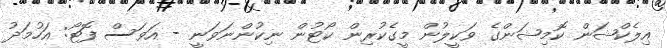
އިލެކްޝަން ކޮމިޝަންގެ ވަކީލުން މީގެކުރިން ކޯޓުން ނިކުންނަވަނީ - އަވަސް ފޮޓޯ: އަހުމަދު